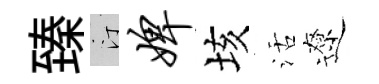
臻汀婢垓活遼